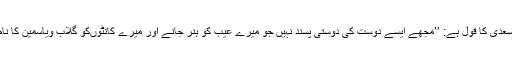
شیخ سعدیؒ کا قول ہے: ’’مجھے ایسے دوست کی دوستی پسند نہیں جو میرے عیب کو ہنر جانے اور میرے کانٹوںکو گلاب ویاسمین کا نام دے۔